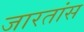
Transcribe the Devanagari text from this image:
जारतांस